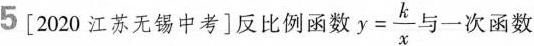
5[2020江苏无锡中考]反比例函数 $$y= \frac{k}{x}$$ 与一次函数